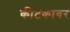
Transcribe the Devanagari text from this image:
कीटकावर